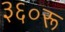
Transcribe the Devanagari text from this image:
३६०रू